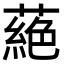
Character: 蕝